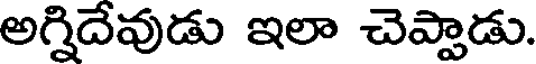
అగ్నిదేవుడు ఇలా చెప్పాడు.